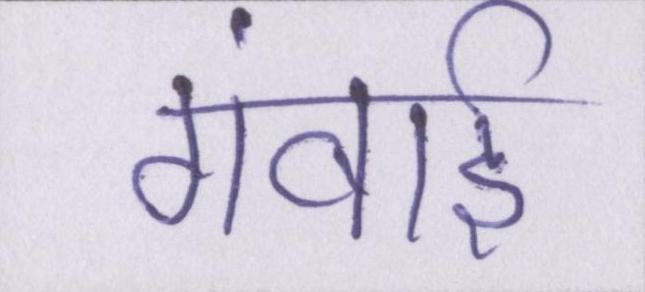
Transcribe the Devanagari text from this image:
गंवाई